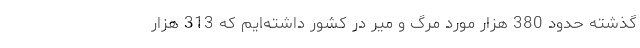
گذشته حدود 380 هزار مورد مرگ و میر در کشور داشته‌‌ایم که 313 هزار